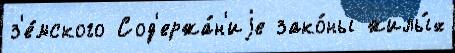
з'е́мского Сод'ержа́н'иjе зако́ны жилы́х